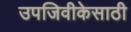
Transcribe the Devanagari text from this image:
उपजिवीकेसाठी